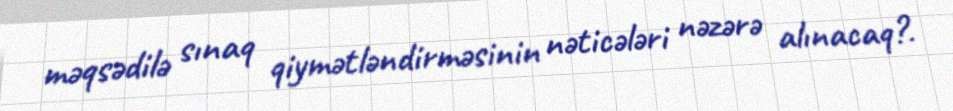
məqsədilə sınaq qiymətləndirməsinin nəticələri nəzərə alınacaq?.